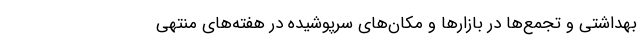
بهداشتی و تجمع‌ها در بازارها و مکان‌های سرپوشیده در هفته‌های منتهی